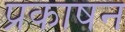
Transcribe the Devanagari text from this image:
प्रकाषन